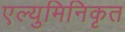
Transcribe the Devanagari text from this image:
एल्युमिनिकृत